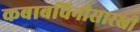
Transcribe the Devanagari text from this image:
कबाबचिनीसारखी